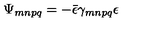
\Psi _ { m n p q } = - \bar { \epsilon } \gamma _ { m n p q } \epsilon